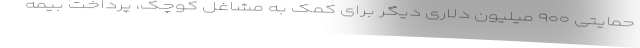
حمایتی ۹۰۰ میلیون دلاری دیگر برای کمک به مشاغل کوچک، پرداخت بیمه